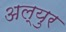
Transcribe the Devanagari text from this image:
अल्युर